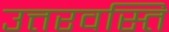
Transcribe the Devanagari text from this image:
उत्तरवस्ति